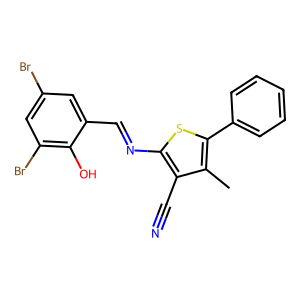
SMILES: Cc1c(-c2ccccc2)sc(N=Cc2cc(Br)cc(Br)c2O)c1C#N
Inhibits HIV replication: No